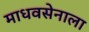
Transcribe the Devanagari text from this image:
माधवसेनाला